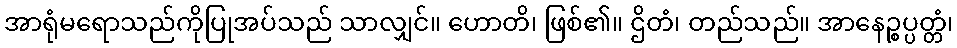
အာရုံမရောသည်ကိုပြုအပ်သည် သာလျှင်။ ဟောတိ၊ ဖြစ်၏။ ဌိတံ၊ တည်သည်။ အာနေဉ္စပ္ပတ္တံ၊